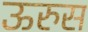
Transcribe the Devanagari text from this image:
ऊरुस